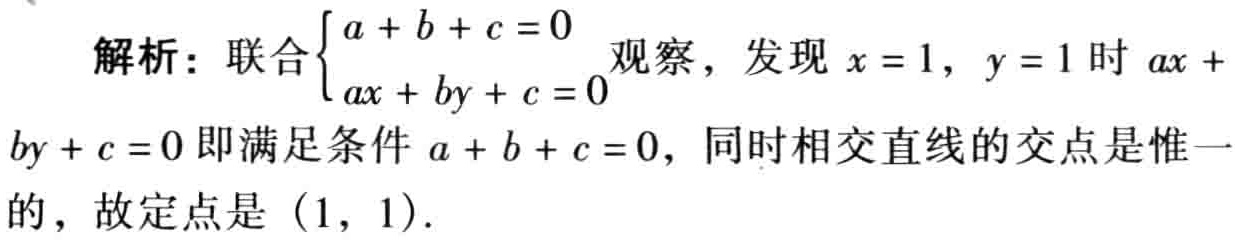
解析：联合$\begin{cases}a + b + c = 0\\ax + by + c = 0\end{cases}$观察，发现$x = 1$，$y = 1$时$ax + by + c = 0$即满足条件$a + b + c = 0$，同时相交直线的交点是惟一的，故定点是$(1, 1)$.